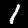
Label: 1